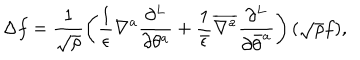
\Delta f = \frac { 1 } { \sqrt \rho } \left( \frac { 1 } { \epsilon } \nabla ^ { a } \frac { \partial ^ { L } } { \partial \theta ^ { a } } + \frac { 1 } { \bar { \epsilon } } { \overline { { { \nabla ^ { a } } } } } \frac { \partial ^ { L } } { \partial { \bar { \theta } } ^ { a } } \right) ( \sqrt \rho f ) ,